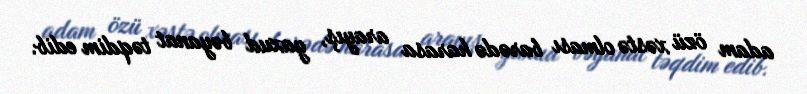
adam özü xəstə olması barədə harasa arayış, yaxud bəyanat təqdim edib.